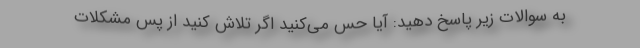
به سوالات زیر پاسخ دهید: آیا حس می‌کنید اگر تلاش کنید از پس مشکلات